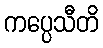
ကပ္ပေသီတိ